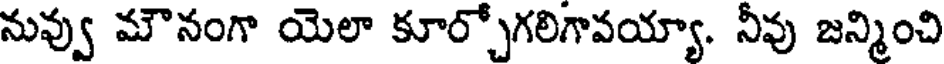
నువ్వు మౌనంగా యెలా కూర్చోగలిగావయ్యా. నీవు జన్మించి